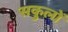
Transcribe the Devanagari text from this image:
सकुलों